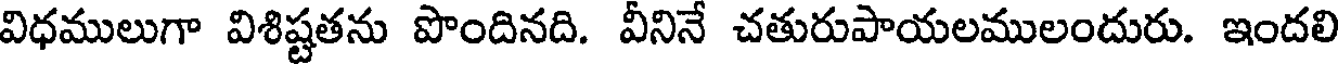
విధములుగా విశిష్టతను పొందినది. వీనినే చతురుపాయలములందురు. ఇందలి